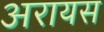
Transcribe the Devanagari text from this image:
अरायस